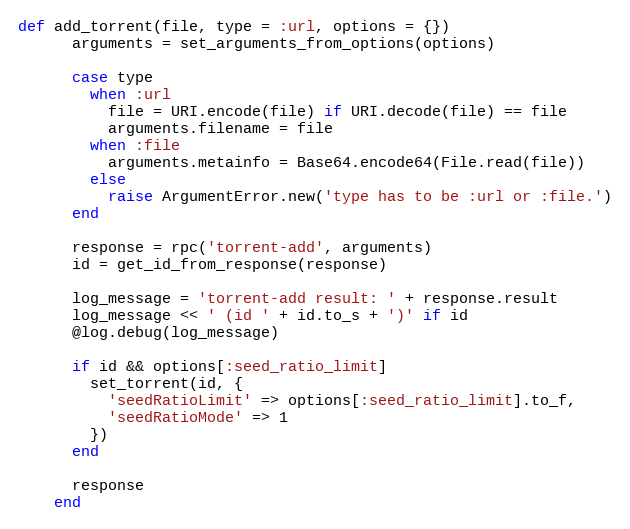
Language: Ruby
def add_torrent(file, type = :url, options = {})
      arguments = set_arguments_from_options(options)

      case type
        when :url
          file = URI.encode(file) if URI.decode(file) == file
          arguments.filename = file
        when :file
          arguments.metainfo = Base64.encode64(File.read(file))
        else
          raise ArgumentError.new('type has to be :url or :file.')
      end

      response = rpc('torrent-add', arguments)
      id = get_id_from_response(response)

      log_message = 'torrent-add result: ' + response.result
      log_message << ' (id ' + id.to_s + ')' if id
      @log.debug(log_message)

      if id && options[:seed_ratio_limit]
        set_torrent(id, {
          'seedRatioLimit' => options[:seed_ratio_limit].to_f,
          'seedRatioMode' => 1
        })
      end

      response
    end